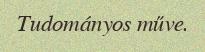
Tudományos műve.